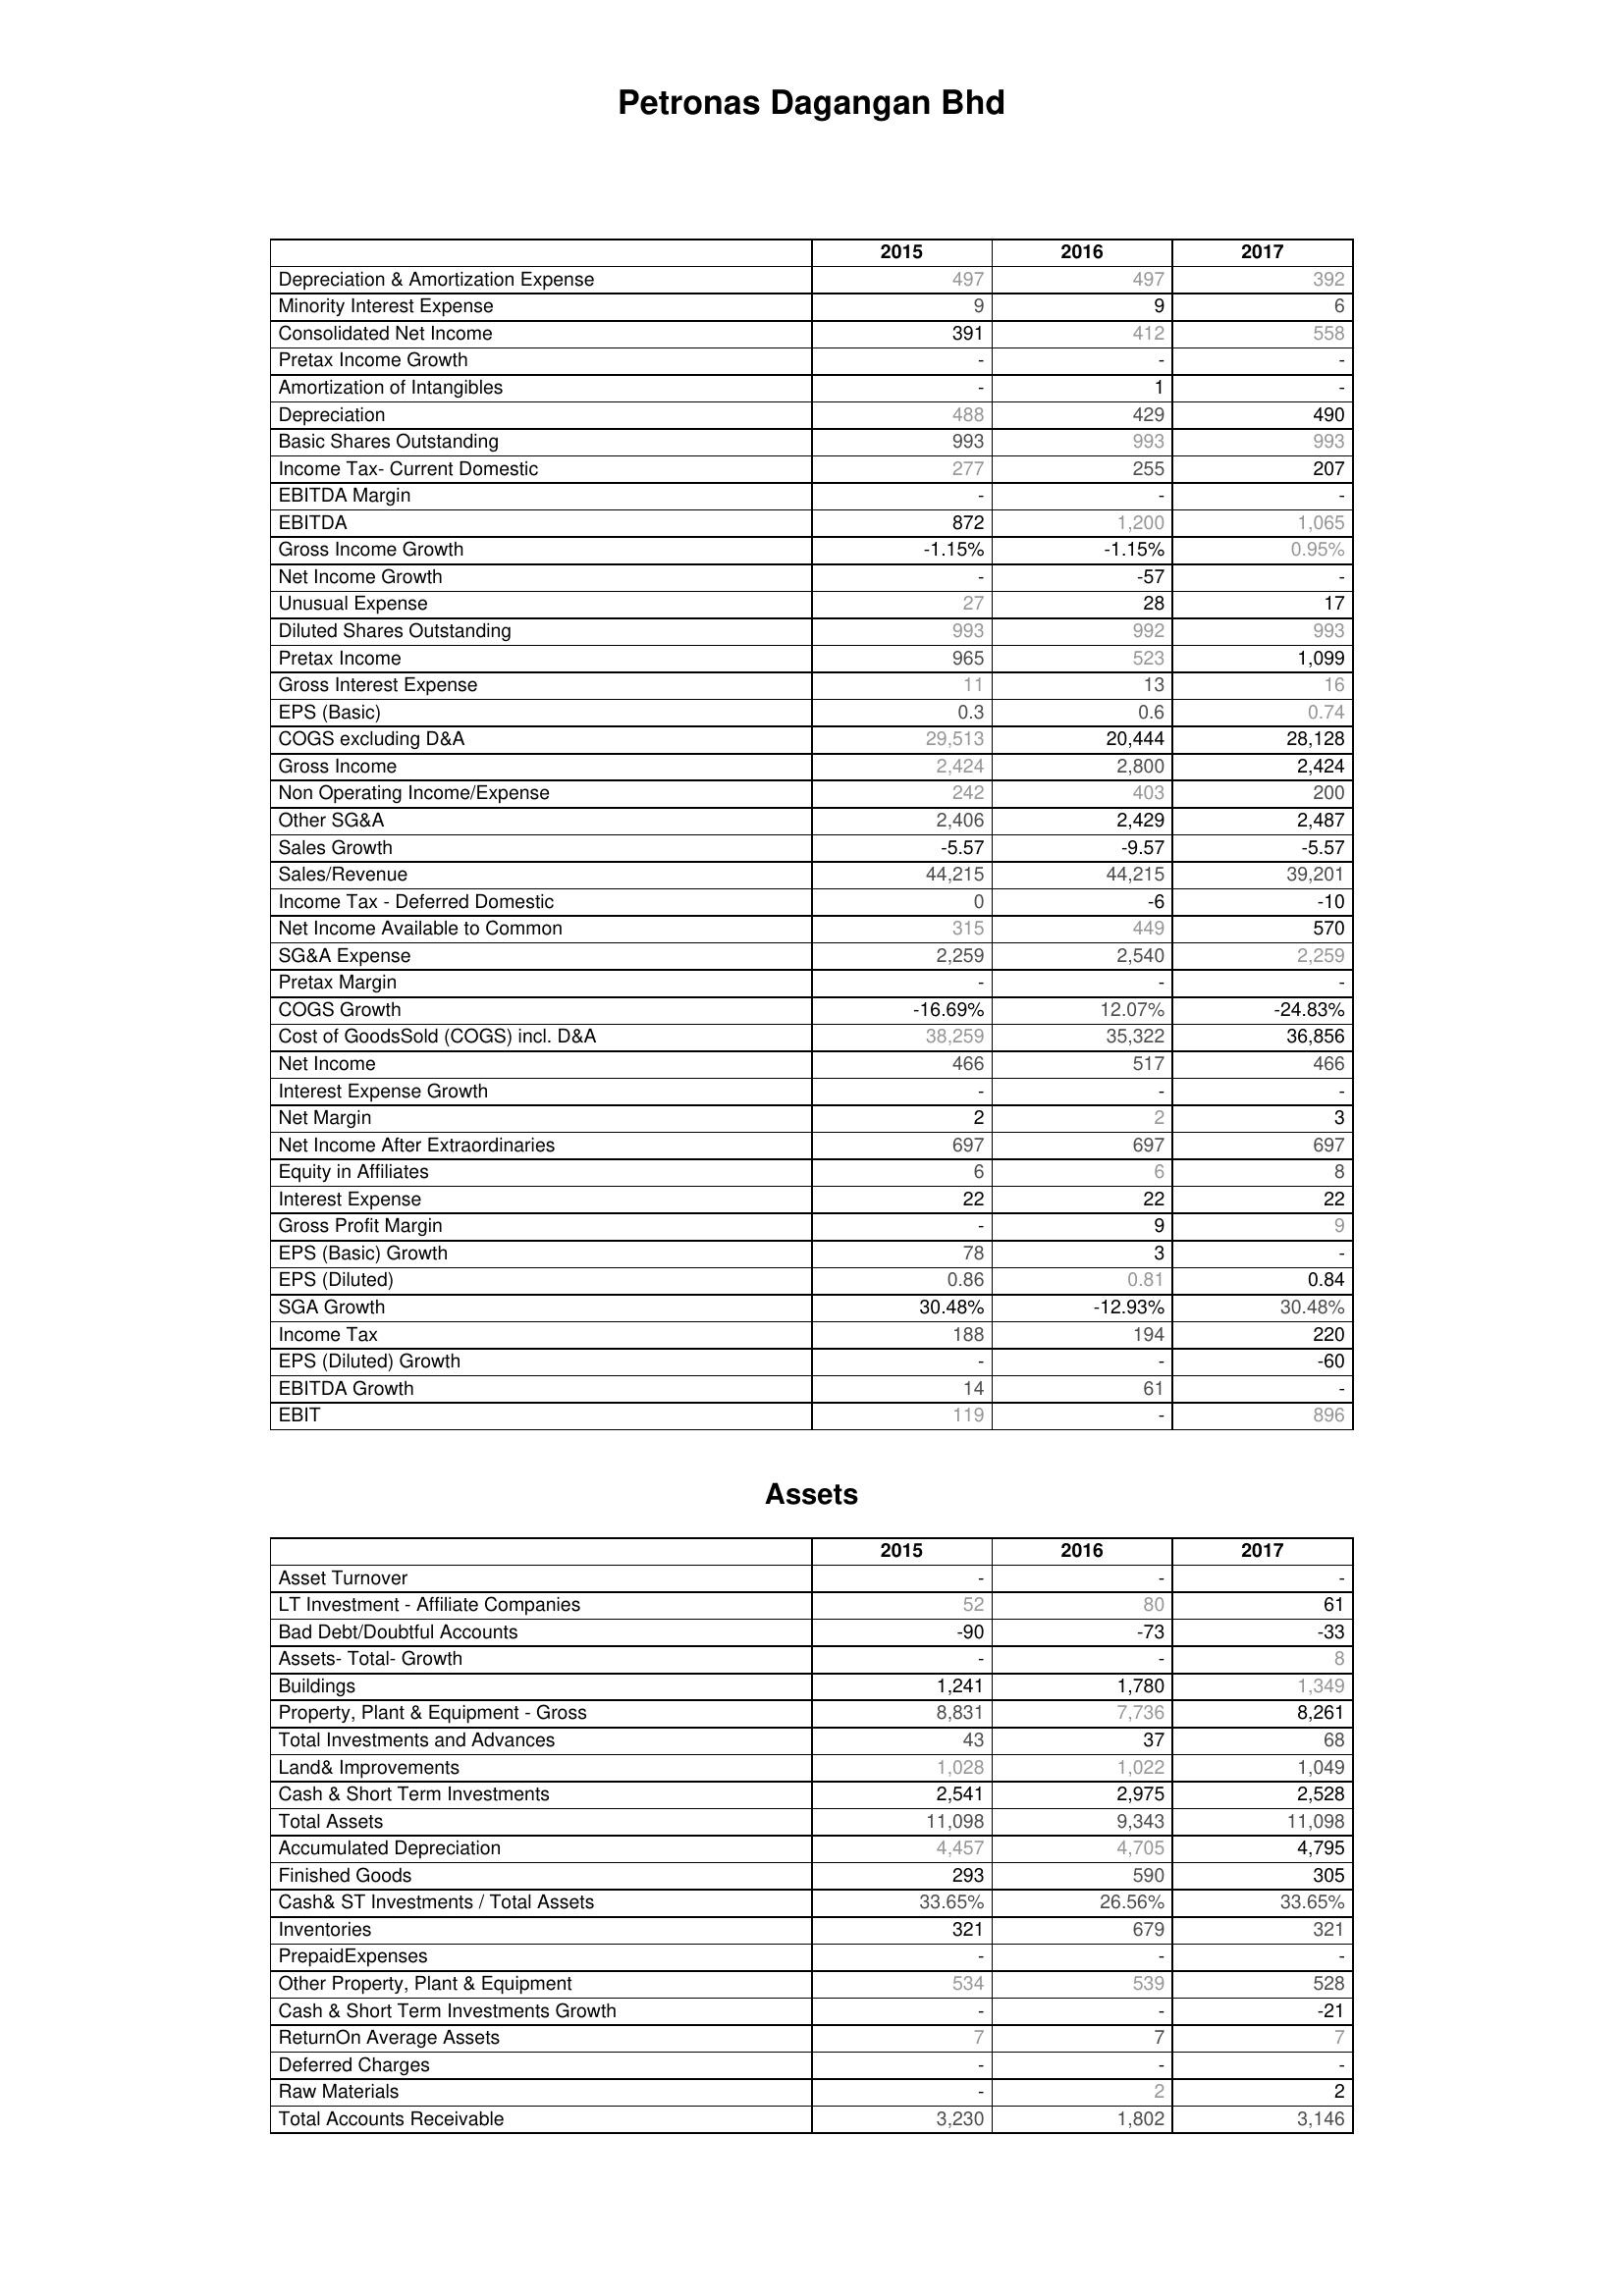
2015: : Depreciation & Amortization Expense: 497
Minority Interest Expense: 9
Consolidated Net Income: 391
Pretax Income Growth: -
Amortization of Intangibles: -
Depreciation: 488
Basic Shares Outstanding: 993
Income Tax- Current Domestic: 277
EBITDA Margin: -
EBITDA: 872
Gross Income Growth: -1.15%
Net Income Growth: -
Unusual Expense: 27
Diluted Shares Outstanding: 993
Pretax Income: 965
Gross Interest Expense: 11
EPS (Basic): 0.3
COGS excluding D&A: 29,513
Gross Income: 2,424
Non Operating Income/Expense: 242
Other SG&A: 2,406
Sales Growth: -5.57
Sales/Revenue: 44,215
Income Tax - Deferred Domestic: 0
Net Income Available to Common: 315
SG&A Expense: 2,259
Pretax Margin: -
COGS Growth: -16.69%
Cost of GoodsSold (COGS) incl. D&A: 38,259
Net Income: 466
Interest Expense Growth: -
Net Margin: 2
Net Income After Extraordinaries: 697
Equity in Affiliates: 6
Interest Expense: 22
Gross Profit Margin: -
EPS (Basic) Growth: 78
EPS (Diluted): 0.86
SGA Growth: 30.48%
Income Tax: 188
EPS (Diluted) Growth: -
EBITDA Growth: 14
EBIT: 119
Assets: Asset Turnover: -
LT Investment - Affiliate Companies: 52
Bad Debt/Doubtful Accounts: -90
Assets- Total- Growth: -
Buildings: 1,241
Property, Plant & Equipment - Gross : 8,831
Total Investments and Advances: 43
Land& Improvements: 1,028
Cash & Short Term Investments: 2,541
Total Assets: 11,098
Accumulated Depreciation: 4,457
Finished Goods: 293
Cash& ST Investments / Total Assets: 33.65%
Inventories: 321
PrepaidExpenses: -
Other Property, Plant & Equipment: 534
Cash & Short Term Investments Growth: -
ReturnOn Average Assets: 7
Deferred Charges: -
Raw Materials: -
Total Accounts Receivable: 3,230
2016: : Depreciation & Amortization Expense: 497
Minority Interest Expense: 9
Consolidated Net Income: 412
Pretax Income Growth: -
Amortization of Intangibles: 1
Depreciation: 429
Basic Shares Outstanding: 993
Income Tax- Current Domestic: 255
EBITDA Margin: -
EBITDA: 1,200
Gross Income Growth: -1.15%
Net Income Growth: -57
Unusual Expense: 28
Diluted Shares Outstanding: 992
Pretax Income: 523
Gross Interest Expense: 13
EPS (Basic): 0.6
COGS excluding D&A: 20,444
Gross Income: 2,800
Non Operating Income/Expense: 403
Other SG&A: 2,429
Sales Growth: -9.57
Sales/Revenue: 44,215
Income Tax - Deferred Domestic: -6
Net Income Available to Common: 449
SG&A Expense: 2,540
Pretax Margin: -
COGS Growth: 12.07%
Cost of GoodsSold (COGS) incl. D&A: 35,322
Net Income: 517
Interest Expense Growth: -
Net Margin: 2
Net Income After Extraordinaries: 697
Equity in Affiliates: 6
Interest Expense: 22
Gross Profit Margin: 9
EPS (Basic) Growth: 3
EPS (Diluted): 0.81
SGA Growth: -12.93%
Income Tax: 194
EPS (Diluted) Growth: -
EBITDA Growth: 61
EBIT: -
Assets: Asset Turnover: -
LT Investment - Affiliate Companies: 80
Bad Debt/Doubtful Accounts: -73
Assets- Total- Growth: -
Buildings: 1,780
Property, Plant & Equipment - Gross : 7,736
Total Investments and Advances: 37
Land& Improvements: 1,022
Cash & Short Term Investments: 2,975
Total Assets: 9,343
Accumulated Depreciation: 4,705
Finished Goods: 590
Cash& ST Investments / Total Assets: 26.56%
Inventories: 679
PrepaidExpenses: -
Other Property, Plant & Equipment: 539
Cash & Short Term Investments Growth: -
ReturnOn Average Assets: 7
Deferred Charges: -
Raw Materials: 2
Total Accounts Receivable: 1,802
2017: : Depreciation & Amortization Expense: 392
Minority Interest Expense: 6
Consolidated Net Income: 558
Pretax Income Growth: -
Amortization of Intangibles: -
Depreciation: 490
Basic Shares Outstanding: 993
Income Tax- Current Domestic: 207
EBITDA Margin: -
EBITDA: 1,065
Gross Income Growth: 0.95%
Net Income Growth: -
Unusual Expense: 17
Diluted Shares Outstanding: 993
Pretax Income: 1,099
Gross Interest Expense: 16
EPS (Basic): 0.74
COGS excluding D&A: 28,128
Gross Income: 2,424
Non Operating Income/Expense: 200
Other SG&A: 2,487
Sales Growth: -5.57
Sales/Revenue: 39,201
Income Tax - Deferred Domestic: -10
Net Income Available to Common: 570
SG&A Expense: 2,259
Pretax Margin: -
COGS Growth: -24.83%
Cost of GoodsSold (COGS) incl. D&A: 36,856
Net Income: 466
Interest Expense Growth: -
Net Margin: 3
Net Income After Extraordinaries: 697
Equity in Affiliates: 8
Interest Expense: 22
Gross Profit Margin: 9
EPS (Basic) Growth: -
EPS (Diluted): 0.84
SGA Growth: 30.48%
Income Tax: 220
EPS (Diluted) Growth: -60
EBITDA Growth: -
EBIT: 896
Assets: Asset Turnover: -
LT Investment - Affiliate Companies: 61
Bad Debt/Doubtful Accounts: -33
Assets- Total- Growth: 8
Buildings: 1,349
Property, Plant & Equipment - Gross : 8,261
Total Investments and Advances: 68
Land& Improvements: 1,049
Cash & Short Term Investments: 2,528
Total Assets: 11,098
Accumulated Depreciation: 4,795
Finished Goods: 305
Cash& ST Investments / Total Assets: 33.65%
Inventories: 321
PrepaidExpenses: -
Other Property, Plant & Equipment: 528
Cash & Short Term Investments Growth: -21
ReturnOn Average Assets: 7
Deferred Charges: -
Raw Materials: 2
Total Accounts Receivable: 3,146